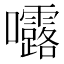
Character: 𭍆